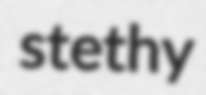
stethy